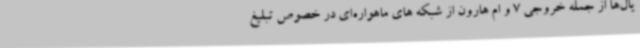
یال‌ها از جمله خروجی 7 و ام هارون از شبکه های ماهواره‌ای در خصوص تبلیغ